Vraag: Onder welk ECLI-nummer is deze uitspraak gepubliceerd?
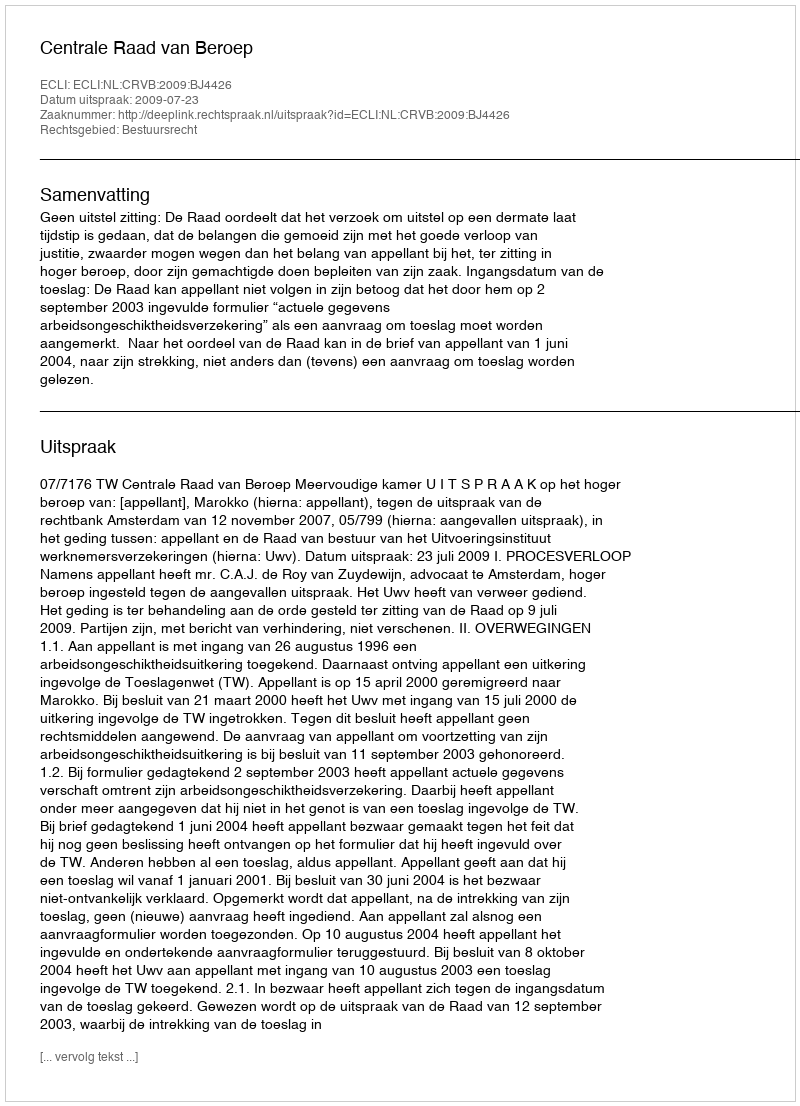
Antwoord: ECLI:NL:CRVB:2009:BJ4426